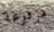
مرفوعة